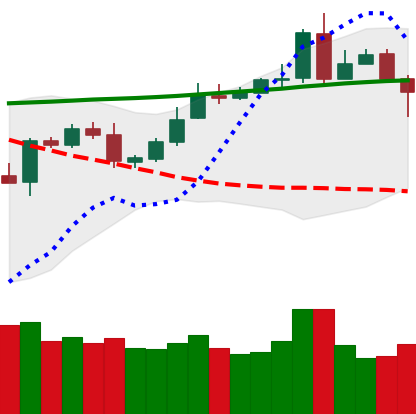
Ticker: XMR-USD
Chart end date: 2020-05-04
Forward return: 3.245%
Label: up_3_5